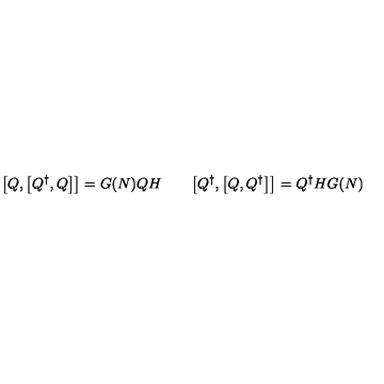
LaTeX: \bigl [ Q , \bigl [ Q ^ { \dagger } , Q \bigr ] \bigr ] = G ( N ) Q H \qquad \bigl [ Q ^ { \dagger } , \bigl [ Q , Q ^ { \dagger } \bigr ] \bigr ] = Q ^ { \dagger } H G ( N )